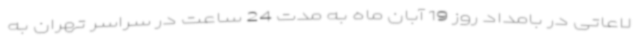
لاعاتی در بامداد روز 19 آبان ماه به مدت 24 ساعت در سراسر تهران به